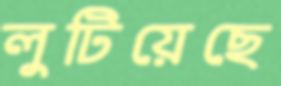
লুটিয়েছে